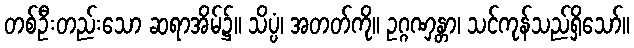
တစ်ဦးတည်းသော ဆရာအိမ်၌။ သိပ္ပံ၊ အတတ်ကို။ ဥဂ္ဂဏှန္တာ၊ သင်ကုန်သည်ရှိသော်။